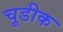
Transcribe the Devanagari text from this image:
चूडीक